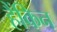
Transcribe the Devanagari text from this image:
हैंकिन